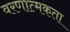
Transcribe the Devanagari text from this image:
वरणात्मकता